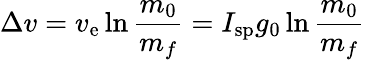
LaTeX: \Delta v=v_{\mathrm{e}}\ln{\frac{m_{0}}{m_{f}}}=I_{\mathrm{sp}}g_{0}\ln{\frac{m_{0}}{m_{f}}}